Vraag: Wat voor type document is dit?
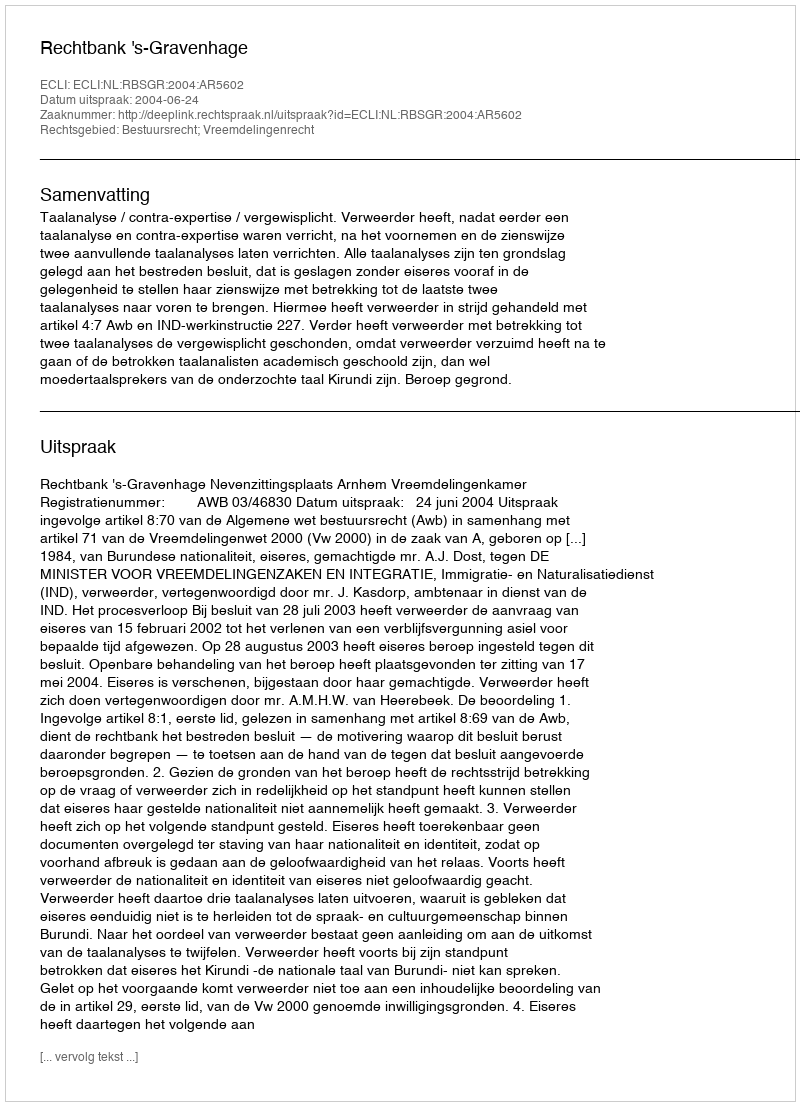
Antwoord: Uitspraak